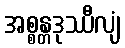
အစ္စန္တဒုဿီလျံ